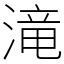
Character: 滝